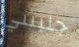
جلبتني